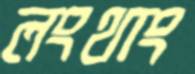
লংথাং